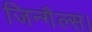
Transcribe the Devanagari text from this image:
जिन्गैल्स।